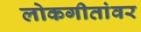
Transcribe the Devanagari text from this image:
लोकगीतांवर